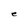
Character: e